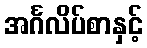
အင်္ဂလိပ်စာနှင့်